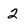
Character: 2